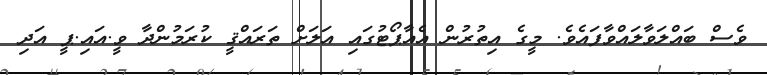
ވެސް ބައްލަވާލައްވާފައެވެ. މީގެ އިތުރުން އެއާޕޯޓުގައި އަލަށް ތަރައްޤީ ކުރަމުންދާ ވީ.އައި.ޕީ އަދި